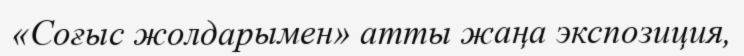
«Соғыс жолдарымен» атты жаңа экспозиция,